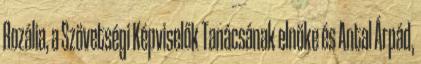
Rozália, a Szövetségi Képviselők Tanácsának elnöke és Antal Árpád,